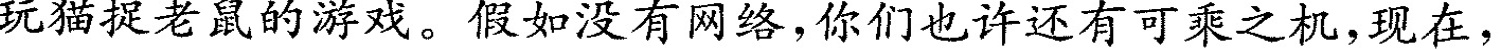
玩猫捉老鼠的游戏。假如没有网络，你们也许还有可乘之机，现在，